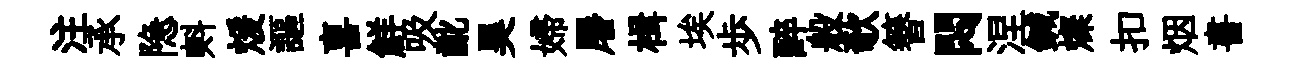
注承隐㪺煖謳喜鮮吸齔昊婦屠楫埃歩醉般欹簮悶涅鍼燦扣烟書